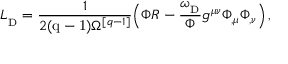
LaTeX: { \cal L } _ { _ \mathrm { D } } = { \frac { 1 } { 2 ( \mathrm { q - 1 } ) \Omega ^ { [ q - 1 ] } } } \Big ( \Phi R - { \frac { \omega _ { _ \mathrm { D } } } { \Phi } } g ^ { \mu \nu } \Phi _ { , \mu } \Phi _ { , \nu } \Big ) \, ,